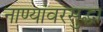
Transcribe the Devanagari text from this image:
नाण्यांवरसुद्धा